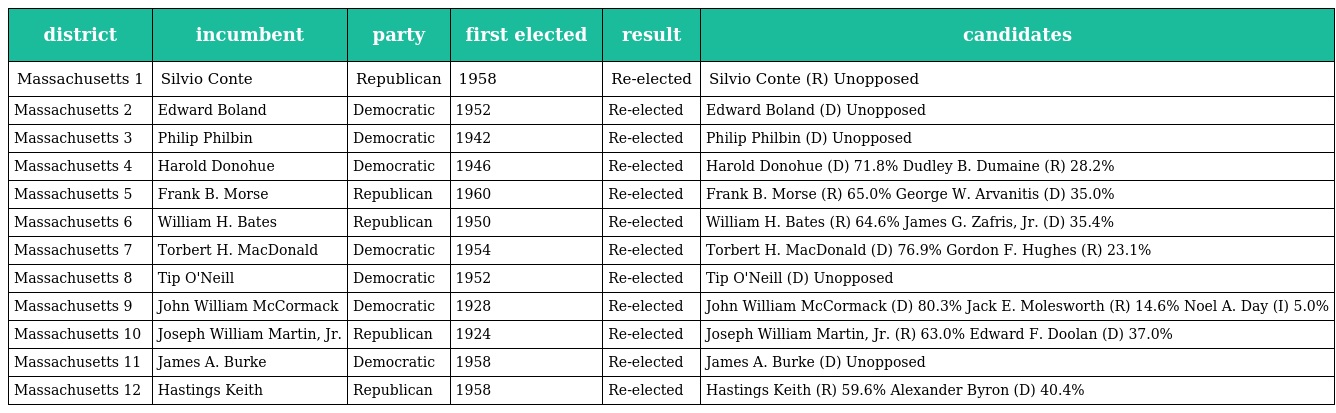
| district | incumbent | party | first elected | result | candidates |
 | --- | --- | --- | --- | --- | --- |
 | Massachusetts 1 | Silvio Conte | Republican | 1958 | Re-elected | Silvio Conte (R) Unopposed |
 | Massachusetts 2 | Edward Boland | Democratic | 1952 | Re-elected | Edward Boland (D) Unopposed |
 | Massachusetts 3 | Philip Philbin | Democratic | 1942 | Re-elected | Philip Philbin (D) Unopposed |
 | Massachusetts 4 | Harold Donohue | Democratic | 1946 | Re-elected | Harold Donohue (D) 71.8% Dudley B. Dumaine (R) 28.2% |
 | Massachusetts 5 | Frank B. Morse | Republican | 1960 | Re-elected | Frank B. Morse (R) 65.0% George W. Arvanitis (D) 35.0% |
 | Massachusetts 6 | William H. Bates | Republican | 1950 | Re-elected | William H. Bates (R) 64.6% James G. Zafris, Jr. (D) 35.4% |
 | Massachusetts 7 | Torbert H. MacDonald | Democratic | 1954 | Re-elected | Torbert H. MacDonald (D) 76.9% Gordon F. Hughes (R) 23.1% |
 | Massachusetts 8 | Tip O'Neill | Democratic | 1952 | Re-elected | Tip O'Neill (D) Unopposed |
 | Massachusetts 9 | John William McCormack | Democratic | 1928 | Re-elected | John William McCormack (D) 80.3% Jack E. Molesworth (R) 14.6% Noel A. Day (I) 5.0% |
 | Massachusetts 10 | Joseph William Martin, Jr. | Republican | 1924 | Re-elected | Joseph William Martin, Jr. (R) 63.0% Edward F. Doolan (D) 37.0% |
 | Massachusetts 11 | James A. Burke | Democratic | 1958 | Re-elected | James A. Burke (D) Unopposed |
 | Massachusetts 12 | Hastings Keith | Republican | 1958 | Re-elected | Hastings Keith (R) 59.6% Alexander Byron (D) 40.4% |